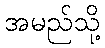
အမည်သို့